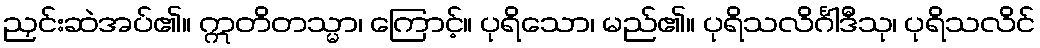
ညှင်းဆဲအပ်၏။ ဣတိတသ္မာ၊ ကြောင့်။ ပုရိသော၊ မည်၏။ ပုရိသလိင်္ဂါဒီသု၊ ပုရိသလိင်